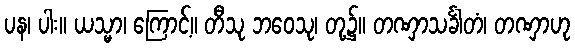
ပန၊ ပါး။ ယသ္မာ၊ ကြောင့်။ တီသု ဘဝေသု၊ တု့၌။ တဏှာသင်္ခါတံ၊ တဏှာဟု